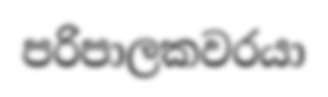
පරිපාලකවරයා